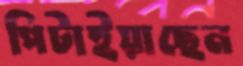
পিটাইয়াছেন